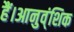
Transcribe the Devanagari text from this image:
हैं।आनुव्ंशिक